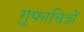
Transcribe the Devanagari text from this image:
गुफाचित्रों